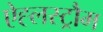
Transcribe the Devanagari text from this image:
ऐह्लस्ट्रौम